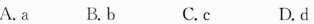
A.a B.b C.c D.d